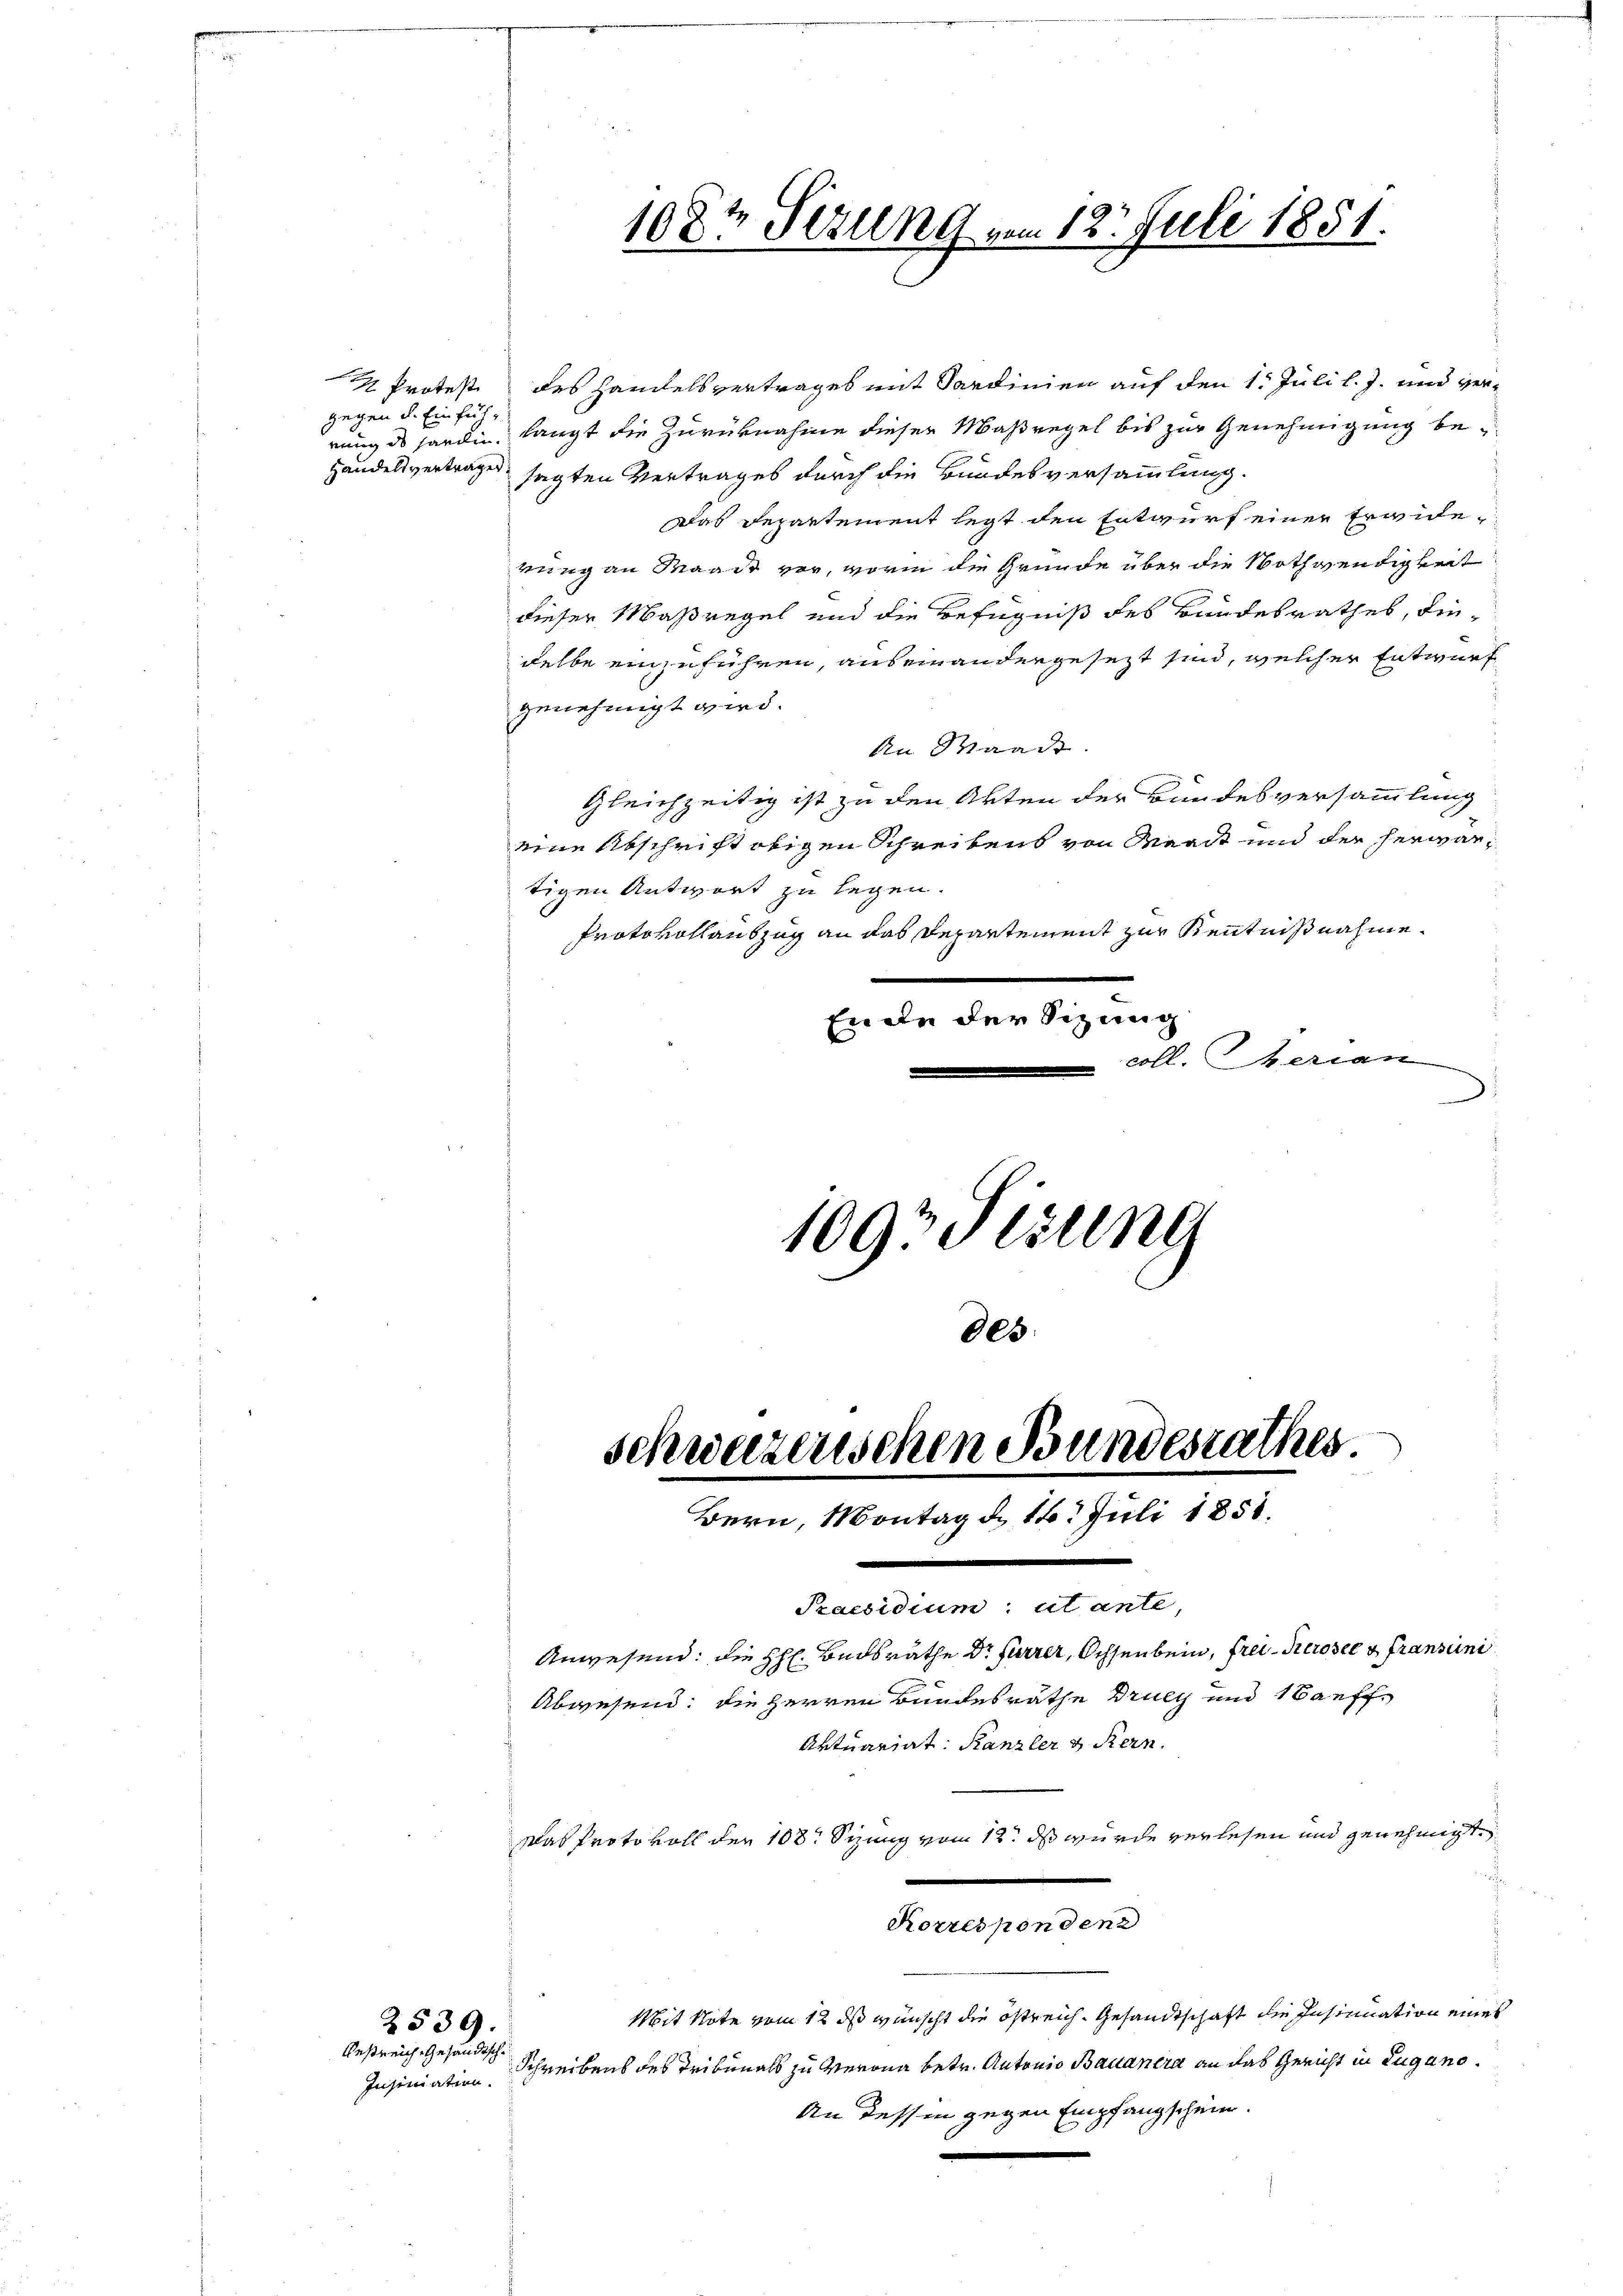
gegen d. Einfüh¬
Handelsvertrages

Insiniation.

2539.
Restreich gesandtsche

Protest des Handelsvertrages mit Sardinien auf den 1. Juli l. J. und verrung des hardin, langt die Zurücknahme dieser Maßregel bis zur Genehmigung besagten Vertrages durch die Bundesversammlung.
Das Departement legt den Entwurf einer Erwiderung an Waadt vor, worin die Gründe über die Nothwendigkeit
dieser Maßregel und die Befugniß des Bundesrathes, diedelbe einzuführen, aus einandergesezt sind, welcher Entwurf
genehmigt wird.
An Waadt
Gleichzeitig ist zu den Akten der Bundesversammlung
eine Abschrift obigen Schreibens von Waadt und der herwärtigen Antwort zu legen.
Protokollauszug an das Departement zur Kenntnißnahme.
Ende der Sizung
coll. Merian

1097 Setzung

schwarzenschen Bundesrathes
Bern, Montag d. 16. Juli 1858.
e
Praesidium: utante,
Anwesend: die H: Bndsräthe Dr Furrer, Ochsenbein, frei-Kerosee u Franscini
Abwesend: die Herren Bundesräthe Bruch und auff
Aktuariat: Kanzler & Kern.

Das Protokoll der 108. Sizung vom 12. ds wurde verlesen und genehmigt.
Mit Note vom 12 ds wünscht die östreich. Gesandtschaft die Insinuation eines
Schreibens des Tribunals zu verona betr. Antonio Bauanira an das Gericht in Lugano¬
An dessen gegen Empfangschein.

108t Sitzung vom 12. Juli 1851.

des

Korrespondenz

¬